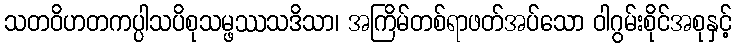
သတဝိဟတကပ္ပါသပိစုသမ္ဖဿသဒိသာ၊ အကြိမ်တစ်ရာဖတ်အပ်သော ဝါဂွမ်းစိုင်အစုနှင့်